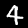
Label: 4